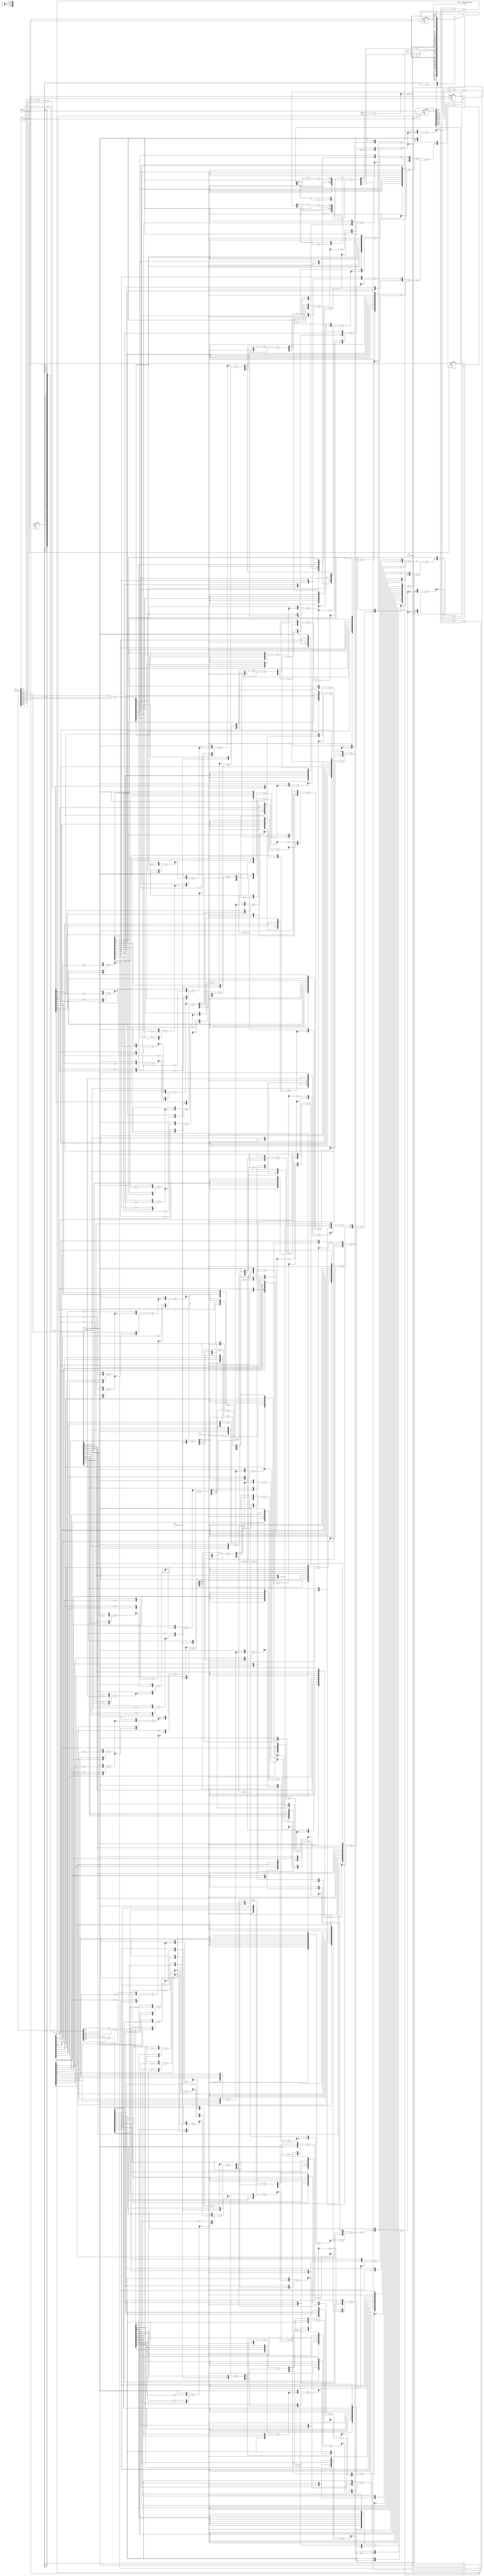
module sobel_filter_comp_core (
  vin, clk, en, arst_n, vout_rsc_mgc_out_stdreg_d
);
  input [89:0] vin;
  input clk;
  input en;
  input arst_n;
  output [29:0] vout_rsc_mgc_out_stdreg_d;
  reg [29:0] vout_rsc_mgc_out_stdreg_d;


  // Interconnect Declarations
  reg [89:0] regs_regs_1_sva;
  reg [13:0] ACC3_3_MAC2_3_acc_1_psp_1_sva_1;
  wire [14:0] nl_ACC3_3_MAC2_3_acc_1_psp_1_sva_1;
  reg [13:0] ACC3_3_MAC2_3_acc_4_psp_1_sva_1;
  wire [14:0] nl_ACC3_3_MAC2_3_acc_4_psp_1_sva_1;
  reg main_stage_0_2;
  wire [11:0] gr_0_0_1_sva_2;
  wire [12:0] nl_gr_0_0_1_sva_2;
  wire [11:0] gr_2_2_1_sva_2;
  wire [12:0] nl_gr_2_2_1_sva_2;
  wire [11:0] gr_0_2_1_sva_1;
  wire [12:0] nl_gr_0_2_1_sva_1;
  wire [11:0] gr_2_0_1_sva_1;
  wire [12:0] nl_gr_2_0_1_sva_1;
  wire [2:0] acc_imod_11_sva;
  wire [3:0] nl_acc_imod_11_sva;
  wire [3:0] acc_5_psp_1_sva;
  wire [4:0] nl_acc_5_psp_1_sva;
  wire [2:0] acc_imod_4_sva;
  wire [3:0] nl_acc_imod_4_sva;
  wire [3:0] acc_5_psp_sva;
  wire [4:0] nl_acc_5_psp_sva;
  wire [2:0] acc_imod_10_sva;
  wire [3:0] nl_acc_imod_10_sva;
  wire [3:0] acc_1_psp_2_sva;
  wire [4:0] nl_acc_1_psp_2_sva;
  wire [2:0] acc_imod_14_sva;
  wire [3:0] nl_acc_imod_14_sva;
  wire [3:0] acc_9_psp_2_sva;
  wire [4:0] nl_acc_9_psp_2_sva;
  wire [11:0] acc_4_psp_1_sva;
  wire [12:0] nl_acc_4_psp_1_sva;
  wire [11:0] acc_4_psp_sva;
  wire [12:0] nl_acc_4_psp_sva;
  wire [11:0] acc_psp_2_sva;
  wire [12:0] nl_acc_psp_2_sva;
  wire [11:0] acc_8_psp_2_sva;
  wire [12:0] nl_acc_8_psp_2_sva;
  wire val_lpi_1_dfm_2;
  wire [14:0] acc_12_psp;
  wire [15:0] nl_acc_12_psp;
  wire val_slc_val_lpi_1_dfm_seb;
  wire [89:0] regs_regs_0_sva_mx0;
  wire [11:0] acc_8_psp_1_sva;
  wire [12:0] nl_acc_8_psp_1_sva;
  wire [2:0] acc_imod_13_sva;
  wire [3:0] nl_acc_imod_13_sva;
  wire [3:0] acc_9_psp_1_sva;
  wire [4:0] nl_acc_9_psp_1_sva;
  wire [11:0] acc_psp_1_sva;
  wire [12:0] nl_acc_psp_1_sva;
  wire [2:0] acc_imod_9_sva;
  wire [3:0] nl_acc_imod_9_sva;
  wire [3:0] acc_1_psp_1_sva;
  wire [4:0] nl_acc_1_psp_1_sva;
  wire [11:0] acc_8_psp_sva;
  wire [12:0] nl_acc_8_psp_sva;
  wire [2:0] acc_imod_7_sva;
  wire [3:0] nl_acc_imod_7_sva;
  wire [3:0] acc_9_psp_sva;
  wire [4:0] nl_acc_9_psp_sva;
  wire [11:0] acc_psp_sva;
  wire [12:0] nl_acc_psp_sva;
  wire [2:0] acc_imod_1_sva;
  wire [3:0] nl_acc_imod_1_sva;
  wire [3:0] acc_1_psp_sva;
  wire [4:0] nl_acc_1_psp_sva;
  wire [6:0] if_6_acc_itm;
  wire [7:0] nl_if_6_acc_itm;

  wire[13:0] abs_mux_1_nl;
  wire[13:0] abs_1_mux_1_nl;

  // Interconnect Declarations for Component Instantiations 
  assign val_lpi_1_dfm_2 = ((acc_12_psp[0]) | (~ (if_6_acc_itm[6]))) & val_slc_val_lpi_1_dfm_seb;
  assign abs_mux_1_nl = MUX_v_14_2_2({ACC3_3_MAC2_3_acc_1_psp_1_sva_1 , ({1'b0 ,
      ((~ (ACC3_3_MAC2_3_acc_1_psp_1_sva_1[12:0])) + 13'b1)})}, ACC3_3_MAC2_3_acc_1_psp_1_sva_1[13]);
  assign abs_1_mux_1_nl = MUX_v_14_2_2({ACC3_3_MAC2_3_acc_4_psp_1_sva_1 , ({1'b0
      , ((~ (ACC3_3_MAC2_3_acc_4_psp_1_sva_1[12:0])) + 13'b1)})}, ACC3_3_MAC2_3_acc_4_psp_1_sva_1[13]);
  assign nl_acc_12_psp = conv_u2u_14_15(abs_mux_1_nl) + conv_u2u_14_15(abs_1_mux_1_nl);
  assign acc_12_psp = nl_acc_12_psp[14:0];
  assign val_slc_val_lpi_1_dfm_seb = (acc_12_psp[9]) | (~ (if_6_acc_itm[6]));
  assign regs_regs_0_sva_mx0 = vin & ({{89{main_stage_0_2}}, main_stage_0_2});
  assign nl_gr_0_2_1_sva_1 = conv_u2s_10_12({(acc_8_psp_1_sva[11]) , (conv_u2u_8_9({(acc_8_psp_1_sva[11])
      , 1'b0 , (acc_8_psp_1_sva[11]) , 1'b0 , (acc_8_psp_1_sva[11]) , 1'b0 , (signext_2_1(acc_8_psp_1_sva[7]))})
      + conv_u2u_8_9(readslicef_9_8_1((({(acc_8_psp_1_sva[9]) , 1'b0 , (acc_8_psp_1_sva[9])
      , 1'b0 , (acc_8_psp_1_sva[9]) , 1'b0 , (signext_2_1(acc_8_psp_1_sva[5])) ,
      1'b1}) + conv_u2u_8_9({(readslicef_8_7_1((conv_u2u_7_8({(acc_8_psp_1_sva[7])
      , 1'b0 , (acc_8_psp_1_sva[5]) , 1'b0 , (signext_2_1(acc_8_psp_1_sva[9])) ,
      1'b1}) + conv_u2u_6_8({(acc_8_psp_1_sva[6]) , 1'b0 , (acc_8_psp_1_sva[6]) ,
      1'b0 , (acc_8_psp_1_sva[6]) , (acc_imod_13_sva[1])})))) , (~ (readslicef_3_1_2((({1'b1
      , (acc_imod_13_sva[0]) , 1'b1}) + conv_u2s_2_3({(~ (acc_imod_13_sva[1])) ,
      (~ (acc_imod_13_sva[2]))})))))})))))}) + conv_s2s_10_12(conv_u2s_9_10({(acc_8_psp_1_sva[10])
      , 1'b0 , (acc_8_psp_1_sva[10]) , 1'b0 , (acc_8_psp_1_sva[10]) , 1'b0 , (acc_8_psp_1_sva[10])
      , 1'b0 , (acc_8_psp_1_sva[10])}) + conv_s2s_8_10(readslicef_9_8_1((conv_u2s_8_9({(acc_8_psp_1_sva[8])
      , 1'b0 , (acc_8_psp_1_sva[8]) , 1'b0 , (acc_8_psp_1_sva[8]) , 1'b0 , (acc_8_psp_1_sva[8])
      , 1'b1}) + conv_s2s_7_9({(readslicef_7_6_1((conv_s2s_5_7({(readslicef_5_4_1((conv_s2s_4_5({(readslicef_4_3_1((conv_u2s_3_4({(acc_8_psp_1_sva[3])
      , (acc_8_psp_1_sva[1]) , 1'b1}) + conv_s2s_3_4({1'b1 , (acc_8_psp_1_sva[2])
      , (acc_8_psp_1_sva[3])})))) , 1'b1}) + conv_s2s_3_5({(acc_9_psp_1_sva[3:2])
      , (acc_8_psp_1_sva[4])})))) , 1'b1}) + conv_u2s_5_7({(acc_8_psp_1_sva[7]) ,
      (acc_8_psp_1_sva[4]) , (signext_2_1(acc_8_psp_1_sva[11])) , (acc_9_psp_1_sva[1])}))))
      , (~ (acc_imod_13_sva[2]))})))));
  assign gr_0_2_1_sva_1 = nl_gr_0_2_1_sva_1[11:0];
  assign nl_gr_0_0_1_sva_2 = conv_u2s_10_12({(acc_psp_1_sva[11]) , (conv_u2u_8_9({(acc_psp_1_sva[11])
      , 1'b0 , (acc_psp_1_sva[11]) , 1'b0 , (acc_psp_1_sva[11]) , 1'b0 , (signext_2_1(acc_psp_1_sva[7]))})
      + conv_u2u_8_9(readslicef_9_8_1((({(acc_psp_1_sva[9]) , 1'b0 , (acc_psp_1_sva[9])
      , 1'b0 , (acc_psp_1_sva[9]) , 1'b0 , (signext_2_1(acc_psp_1_sva[5])) , 1'b1})
      + conv_u2u_8_9({(readslicef_8_7_1((conv_u2u_7_8({(acc_psp_1_sva[7]) , 1'b0
      , (acc_psp_1_sva[5]) , 1'b0 , (signext_2_1(acc_psp_1_sva[9])) , 1'b1}) + conv_u2u_6_8({(acc_psp_1_sva[6])
      , 1'b0 , (acc_psp_1_sva[6]) , 1'b0 , (acc_psp_1_sva[6]) , (acc_imod_9_sva[1])}))))
      , (~ (readslicef_3_1_2((({1'b1 , (acc_imod_9_sva[0]) , 1'b1}) + conv_u2s_2_3({(~
      (acc_imod_9_sva[1])) , (~ (acc_imod_9_sva[2]))})))))})))))}) + conv_s2s_10_12(conv_u2s_9_10({(acc_psp_1_sva[10])
      , 1'b0 , (acc_psp_1_sva[10]) , 1'b0 , (acc_psp_1_sva[10]) , 1'b0 , (acc_psp_1_sva[10])
      , 1'b0 , (acc_psp_1_sva[10])}) + conv_s2s_8_10(readslicef_9_8_1((conv_u2s_8_9({(acc_psp_1_sva[8])
      , 1'b0 , (acc_psp_1_sva[8]) , 1'b0 , (acc_psp_1_sva[8]) , 1'b0 , (acc_psp_1_sva[8])
      , 1'b1}) + conv_s2s_7_9({(readslicef_7_6_1((conv_s2s_5_7({(readslicef_5_4_1((conv_s2s_4_5({(readslicef_4_3_1((conv_u2s_3_4({(acc_psp_1_sva[3])
      , (acc_psp_1_sva[1]) , 1'b1}) + conv_s2s_3_4({1'b1 , (acc_psp_1_sva[2]) , (acc_psp_1_sva[3])}))))
      , 1'b1}) + conv_s2s_3_5({(acc_1_psp_1_sva[3:2]) , (acc_psp_1_sva[4])})))) ,
      1'b1}) + conv_u2s_5_7({(acc_psp_1_sva[7]) , (acc_psp_1_sva[4]) , (signext_2_1(acc_psp_1_sva[11]))
      , (acc_1_psp_1_sva[1])})))) , (~ (acc_imod_9_sva[2]))})))));
  assign gr_0_0_1_sva_2 = nl_gr_0_0_1_sva_2[11:0];
  assign nl_acc_8_psp_1_sva = conv_u2u_11_12(conv_u2u_10_11(vin[19:10]) + conv_u2u_10_11(vin[9:0]))
      + conv_u2u_10_12(vin[29:20]);
  assign acc_8_psp_1_sva = nl_acc_8_psp_1_sva[11:0];
  assign nl_acc_imod_13_sva = conv_s2s_2_3(conv_s2s_1_2(acc_9_psp_1_sva[1]) + conv_u2s_1_2(acc_9_psp_1_sva[0]))
      + conv_s2s_2_3(acc_9_psp_1_sva[3:2]);
  assign acc_imod_13_sva = nl_acc_imod_13_sva[2:0];
  assign nl_acc_9_psp_1_sva = (readslicef_5_4_1((conv_u2u_4_5({(readslicef_4_3_1((conv_u2u_3_4({(readslicef_3_2_1((conv_u2u_2_3({(~
      (acc_8_psp_1_sva[3])) , 1'b1}) + conv_u2u_2_3({(acc_8_psp_1_sva[4]) , (acc_8_psp_1_sva[8])}))))
      , 1'b1}) + conv_u2u_3_4({(readslicef_3_2_1((conv_u2u_2_3({(~ (acc_8_psp_1_sva[5]))
      , 1'b1}) + conv_u2u_2_3({(acc_8_psp_1_sva[6]) , (~ (acc_8_psp_1_sva[7]))}))))
      , (acc_8_psp_1_sva[10])})))) , 1'b1}) + conv_u2u_3_5({(readslicef_3_2_1((conv_u2u_2_3({(~
      (acc_8_psp_1_sva[1])) , 1'b1}) + conv_u2u_2_3({(acc_8_psp_1_sva[2]) , (~ (acc_8_psp_1_sva[9]))}))))
      , (~ (acc_8_psp_1_sva[11]))})))) + ({3'b101 , (acc_8_psp_1_sva[0])});
  assign acc_9_psp_1_sva = nl_acc_9_psp_1_sva[3:0];
  assign nl_acc_4_psp_1_sva = conv_u2u_11_12(conv_u2u_10_11(vin[49:40]) + conv_u2u_10_11(vin[39:30]))
      + conv_u2u_10_12(vin[59:50]);
  assign acc_4_psp_1_sva = nl_acc_4_psp_1_sva[11:0];
  assign nl_acc_imod_11_sva = conv_s2s_2_3(conv_s2s_1_2(acc_5_psp_1_sva[1]) + conv_u2s_1_2(acc_5_psp_1_sva[0]))
      + conv_s2s_2_3(acc_5_psp_1_sva[3:2]);
  assign acc_imod_11_sva = nl_acc_imod_11_sva[2:0];
  assign nl_acc_5_psp_1_sva = (readslicef_5_4_1((conv_u2u_4_5({(readslicef_4_3_1((conv_u2u_3_4({(readslicef_3_2_1((conv_u2u_2_3({(~
      (acc_4_psp_1_sva[3])) , 1'b1}) + conv_u2u_2_3({(acc_4_psp_1_sva[4]) , (acc_4_psp_1_sva[8])}))))
      , 1'b1}) + conv_u2u_3_4({(readslicef_3_2_1((conv_u2u_2_3({(~ (acc_4_psp_1_sva[5]))
      , 1'b1}) + conv_u2u_2_3({(acc_4_psp_1_sva[6]) , (~ (acc_4_psp_1_sva[7]))}))))
      , (acc_4_psp_1_sva[10])})))) , 1'b1}) + conv_u2u_3_5({(readslicef_3_2_1((conv_u2u_2_3({(~
      (acc_4_psp_1_sva[1])) , 1'b1}) + conv_u2u_2_3({(acc_4_psp_1_sva[2]) , (~ (acc_4_psp_1_sva[9]))}))))
      , (~ (acc_4_psp_1_sva[11]))})))) + ({3'b101 , (acc_4_psp_1_sva[0])});
  assign acc_5_psp_1_sva = nl_acc_5_psp_1_sva[3:0];
  assign nl_acc_psp_1_sva = conv_u2u_11_12(conv_u2u_10_11(vin[79:70]) + conv_u2u_10_11(vin[69:60]))
      + conv_u2u_10_12(vin[89:80]);
  assign acc_psp_1_sva = nl_acc_psp_1_sva[11:0];
  assign nl_acc_imod_9_sva = conv_s2s_2_3(conv_s2s_1_2(acc_1_psp_1_sva[1]) + conv_u2s_1_2(acc_1_psp_1_sva[0]))
      + conv_s2s_2_3(acc_1_psp_1_sva[3:2]);
  assign acc_imod_9_sva = nl_acc_imod_9_sva[2:0];
  assign nl_acc_1_psp_1_sva = (readslicef_5_4_1((conv_u2u_4_5({(readslicef_4_3_1((conv_u2u_3_4({(readslicef_3_2_1((conv_u2u_2_3({(~
      (acc_psp_1_sva[3])) , 1'b1}) + conv_u2u_2_3({(acc_psp_1_sva[4]) , (acc_psp_1_sva[8])}))))
      , 1'b1}) + conv_u2u_3_4({(readslicef_3_2_1((conv_u2u_2_3({(~ (acc_psp_1_sva[5]))
      , 1'b1}) + conv_u2u_2_3({(acc_psp_1_sva[6]) , (~ (acc_psp_1_sva[7]))})))) ,
      (acc_psp_1_sva[10])})))) , 1'b1}) + conv_u2u_3_5({(readslicef_3_2_1((conv_u2u_2_3({(~
      (acc_psp_1_sva[1])) , 1'b1}) + conv_u2u_2_3({(acc_psp_1_sva[2]) , (~ (acc_psp_1_sva[9]))}))))
      , (~ (acc_psp_1_sva[11]))})))) + ({3'b101 , (acc_psp_1_sva[0])});
  assign acc_1_psp_1_sva = nl_acc_1_psp_1_sva[3:0];
  assign nl_acc_8_psp_2_sva = conv_u2u_11_12(conv_u2u_10_11(regs_regs_0_sva_mx0[19:10])
      + conv_u2u_10_11(regs_regs_0_sva_mx0[9:0])) + conv_u2u_10_12(regs_regs_0_sva_mx0[29:20]);
  assign acc_8_psp_2_sva = nl_acc_8_psp_2_sva[11:0];
  assign nl_acc_imod_14_sva = conv_s2s_2_3(conv_s2s_1_2(acc_9_psp_2_sva[1]) + conv_u2s_1_2(acc_9_psp_2_sva[0]))
      + conv_s2s_2_3(acc_9_psp_2_sva[3:2]);
  assign acc_imod_14_sva = nl_acc_imod_14_sva[2:0];
  assign nl_acc_9_psp_2_sva = (readslicef_5_4_1((conv_u2u_4_5({(readslicef_4_3_1((conv_u2u_3_4({(readslicef_3_2_1((conv_u2u_2_3({(~
      (acc_8_psp_2_sva[3])) , 1'b1}) + conv_u2u_2_3({(acc_8_psp_2_sva[4]) , (acc_8_psp_2_sva[8])}))))
      , 1'b1}) + conv_u2u_3_4({(readslicef_3_2_1((conv_u2u_2_3({(~ (acc_8_psp_2_sva[5]))
      , 1'b1}) + conv_u2u_2_3({(acc_8_psp_2_sva[6]) , (~ (acc_8_psp_2_sva[7]))}))))
      , (acc_8_psp_2_sva[10])})))) , 1'b1}) + conv_u2u_3_5({(readslicef_3_2_1((conv_u2u_2_3({(~
      (acc_8_psp_2_sva[1])) , 1'b1}) + conv_u2u_2_3({(acc_8_psp_2_sva[2]) , (~ (acc_8_psp_2_sva[9]))}))))
      , (~ (acc_8_psp_2_sva[11]))})))) + ({3'b101 , (acc_8_psp_2_sva[0])});
  assign acc_9_psp_2_sva = nl_acc_9_psp_2_sva[3:0];
  assign nl_acc_psp_2_sva = conv_u2u_11_12(conv_u2u_10_11(regs_regs_0_sva_mx0[79:70])
      + conv_u2u_10_11(regs_regs_0_sva_mx0[69:60])) + conv_u2u_10_12(regs_regs_0_sva_mx0[89:80]);
  assign acc_psp_2_sva = nl_acc_psp_2_sva[11:0];
  assign nl_acc_imod_10_sva = conv_s2s_2_3(conv_s2s_1_2(acc_1_psp_2_sva[1]) + conv_u2s_1_2(acc_1_psp_2_sva[0]))
      + conv_s2s_2_3(acc_1_psp_2_sva[3:2]);
  assign acc_imod_10_sva = nl_acc_imod_10_sva[2:0];
  assign nl_acc_1_psp_2_sva = (readslicef_5_4_1((conv_u2u_4_5({(readslicef_4_3_1((conv_u2u_3_4({(readslicef_3_2_1((conv_u2u_2_3({(~
      (acc_psp_2_sva[3])) , 1'b1}) + conv_u2u_2_3({(acc_psp_2_sva[4]) , (acc_psp_2_sva[8])}))))
      , 1'b1}) + conv_u2u_3_4({(readslicef_3_2_1((conv_u2u_2_3({(~ (acc_psp_2_sva[5]))
      , 1'b1}) + conv_u2u_2_3({(acc_psp_2_sva[6]) , (~ (acc_psp_2_sva[7]))})))) ,
      (acc_psp_2_sva[10])})))) , 1'b1}) + conv_u2u_3_5({(readslicef_3_2_1((conv_u2u_2_3({(~
      (acc_psp_2_sva[1])) , 1'b1}) + conv_u2u_2_3({(acc_psp_2_sva[2]) , (~ (acc_psp_2_sva[9]))}))))
      , (~ (acc_psp_2_sva[11]))})))) + ({3'b101 , (acc_psp_2_sva[0])});
  assign acc_1_psp_2_sva = nl_acc_1_psp_2_sva[3:0];
  assign nl_gr_2_2_1_sva_2 = conv_u2s_10_12({(acc_8_psp_sva[11]) , (conv_u2u_8_9({(acc_8_psp_sva[11])
      , 1'b0 , (acc_8_psp_sva[11]) , 1'b0 , (acc_8_psp_sva[11]) , 1'b0 , (signext_2_1(acc_8_psp_sva[7]))})
      + conv_u2u_8_9(readslicef_9_8_1((({(acc_8_psp_sva[9]) , 1'b0 , (acc_8_psp_sva[9])
      , 1'b0 , (acc_8_psp_sva[9]) , 1'b0 , (signext_2_1(acc_8_psp_sva[5])) , 1'b1})
      + conv_u2u_8_9({(readslicef_8_7_1((conv_u2u_7_8({(acc_8_psp_sva[7]) , 1'b0
      , (acc_8_psp_sva[5]) , 1'b0 , (signext_2_1(acc_8_psp_sva[9])) , 1'b1}) + conv_u2u_6_8({(acc_8_psp_sva[6])
      , 1'b0 , (acc_8_psp_sva[6]) , 1'b0 , (acc_8_psp_sva[6]) , (acc_imod_7_sva[1])}))))
      , (~ (readslicef_3_1_2((({1'b1 , (acc_imod_7_sva[0]) , 1'b1}) + conv_u2s_2_3({(~
      (acc_imod_7_sva[1])) , (~ (acc_imod_7_sva[2]))})))))})))))}) + conv_s2s_10_12(conv_u2s_9_10({(acc_8_psp_sva[10])
      , 1'b0 , (acc_8_psp_sva[10]) , 1'b0 , (acc_8_psp_sva[10]) , 1'b0 , (acc_8_psp_sva[10])
      , 1'b0 , (acc_8_psp_sva[10])}) + conv_s2s_8_10(readslicef_9_8_1((conv_u2s_8_9({(acc_8_psp_sva[8])
      , 1'b0 , (acc_8_psp_sva[8]) , 1'b0 , (acc_8_psp_sva[8]) , 1'b0 , (acc_8_psp_sva[8])
      , 1'b1}) + conv_s2s_7_9({(readslicef_7_6_1((conv_s2s_5_7({(readslicef_5_4_1((conv_s2s_4_5({(readslicef_4_3_1((conv_u2s_3_4({(acc_8_psp_sva[3])
      , (acc_8_psp_sva[1]) , 1'b1}) + conv_s2s_3_4({1'b1 , (acc_8_psp_sva[2]) , (acc_8_psp_sva[3])}))))
      , 1'b1}) + conv_s2s_3_5({(acc_9_psp_sva[3:2]) , (acc_8_psp_sva[4])})))) , 1'b1})
      + conv_u2s_5_7({(acc_8_psp_sva[7]) , (acc_8_psp_sva[4]) , (signext_2_1(acc_8_psp_sva[11]))
      , (acc_9_psp_sva[1])})))) , (~ (acc_imod_7_sva[2]))})))));
  assign gr_2_2_1_sva_2 = nl_gr_2_2_1_sva_2[11:0];
  assign nl_gr_2_0_1_sva_1 = conv_u2s_10_12({(acc_psp_sva[11]) , (conv_u2u_8_9({(acc_psp_sva[11])
      , 1'b0 , (acc_psp_sva[11]) , 1'b0 , (acc_psp_sva[11]) , 1'b0 , (signext_2_1(acc_psp_sva[7]))})
      + conv_u2u_8_9(readslicef_9_8_1((({(acc_psp_sva[9]) , 1'b0 , (acc_psp_sva[9])
      , 1'b0 , (acc_psp_sva[9]) , 1'b0 , (signext_2_1(acc_psp_sva[5])) , 1'b1}) +
      conv_u2u_8_9({(readslicef_8_7_1((conv_u2u_7_8({(acc_psp_sva[7]) , 1'b0 , (acc_psp_sva[5])
      , 1'b0 , (signext_2_1(acc_psp_sva[9])) , 1'b1}) + conv_u2u_6_8({(acc_psp_sva[6])
      , 1'b0 , (acc_psp_sva[6]) , 1'b0 , (acc_psp_sva[6]) , (acc_imod_1_sva[1])}))))
      , (~ (readslicef_3_1_2((({1'b1 , (acc_imod_1_sva[0]) , 1'b1}) + conv_u2s_2_3({(~
      (acc_imod_1_sva[1])) , (~ (acc_imod_1_sva[2]))})))))})))))}) + conv_s2s_10_12(conv_u2s_9_10({(acc_psp_sva[10])
      , 1'b0 , (acc_psp_sva[10]) , 1'b0 , (acc_psp_sva[10]) , 1'b0 , (acc_psp_sva[10])
      , 1'b0 , (acc_psp_sva[10])}) + conv_s2s_8_10(readslicef_9_8_1((conv_u2s_8_9({(acc_psp_sva[8])
      , 1'b0 , (acc_psp_sva[8]) , 1'b0 , (acc_psp_sva[8]) , 1'b0 , (acc_psp_sva[8])
      , 1'b1}) + conv_s2s_7_9({(readslicef_7_6_1((conv_s2s_5_7({(readslicef_5_4_1((conv_s2s_4_5({(readslicef_4_3_1((conv_u2s_3_4({(acc_psp_sva[3])
      , (acc_psp_sva[1]) , 1'b1}) + conv_s2s_3_4({1'b1 , (acc_psp_sva[2]) , (acc_psp_sva[3])}))))
      , 1'b1}) + conv_s2s_3_5({(acc_1_psp_sva[3:2]) , (acc_psp_sva[4])})))) , 1'b1})
      + conv_u2s_5_7({(acc_psp_sva[7]) , (acc_psp_sva[4]) , (signext_2_1(acc_psp_sva[11]))
      , (acc_1_psp_sva[1])})))) , (~ (acc_imod_1_sva[2]))})))));
  assign gr_2_0_1_sva_1 = nl_gr_2_0_1_sva_1[11:0];
  assign nl_acc_8_psp_sva = conv_u2u_11_12(conv_u2u_10_11(regs_regs_1_sva[19:10])
      + conv_u2u_10_11(regs_regs_1_sva[9:0])) + conv_u2u_10_12(regs_regs_1_sva[29:20]);
  assign acc_8_psp_sva = nl_acc_8_psp_sva[11:0];
  assign nl_acc_imod_7_sva = conv_s2s_2_3(conv_s2s_1_2(acc_9_psp_sva[1]) + conv_u2s_1_2(acc_9_psp_sva[0]))
      + conv_s2s_2_3(acc_9_psp_sva[3:2]);
  assign acc_imod_7_sva = nl_acc_imod_7_sva[2:0];
  assign nl_acc_9_psp_sva = (readslicef_5_4_1((conv_u2u_4_5({(readslicef_4_3_1((conv_u2u_3_4({(readslicef_3_2_1((conv_u2u_2_3({(~
      (acc_8_psp_sva[3])) , 1'b1}) + conv_u2u_2_3({(acc_8_psp_sva[4]) , (acc_8_psp_sva[8])}))))
      , 1'b1}) + conv_u2u_3_4({(readslicef_3_2_1((conv_u2u_2_3({(~ (acc_8_psp_sva[5]))
      , 1'b1}) + conv_u2u_2_3({(acc_8_psp_sva[6]) , (~ (acc_8_psp_sva[7]))})))) ,
      (acc_8_psp_sva[10])})))) , 1'b1}) + conv_u2u_3_5({(readslicef_3_2_1((conv_u2u_2_3({(~
      (acc_8_psp_sva[1])) , 1'b1}) + conv_u2u_2_3({(acc_8_psp_sva[2]) , (~ (acc_8_psp_sva[9]))}))))
      , (~ (acc_8_psp_sva[11]))})))) + ({3'b101 , (acc_8_psp_sva[0])});
  assign acc_9_psp_sva = nl_acc_9_psp_sva[3:0];
  assign nl_acc_4_psp_sva = conv_u2u_11_12(conv_u2u_10_11(regs_regs_1_sva[49:40])
      + conv_u2u_10_11(regs_regs_1_sva[39:30])) + conv_u2u_10_12(regs_regs_1_sva[59:50]);
  assign acc_4_psp_sva = nl_acc_4_psp_sva[11:0];
  assign nl_acc_imod_4_sva = conv_s2s_2_3(conv_s2s_1_2(acc_5_psp_sva[1]) + conv_u2s_1_2(acc_5_psp_sva[0]))
      + conv_s2s_2_3(acc_5_psp_sva[3:2]);
  assign acc_imod_4_sva = nl_acc_imod_4_sva[2:0];
  assign nl_acc_5_psp_sva = (readslicef_5_4_1((conv_u2u_4_5({(readslicef_4_3_1((conv_u2u_3_4({(readslicef_3_2_1((conv_u2u_2_3({(~
      (acc_4_psp_sva[3])) , 1'b1}) + conv_u2u_2_3({(acc_4_psp_sva[4]) , (acc_4_psp_sva[8])}))))
      , 1'b1}) + conv_u2u_3_4({(readslicef_3_2_1((conv_u2u_2_3({(~ (acc_4_psp_sva[5]))
      , 1'b1}) + conv_u2u_2_3({(acc_4_psp_sva[6]) , (~ (acc_4_psp_sva[7]))})))) ,
      (acc_4_psp_sva[10])})))) , 1'b1}) + conv_u2u_3_5({(readslicef_3_2_1((conv_u2u_2_3({(~
      (acc_4_psp_sva[1])) , 1'b1}) + conv_u2u_2_3({(acc_4_psp_sva[2]) , (~ (acc_4_psp_sva[9]))}))))
      , (~ (acc_4_psp_sva[11]))})))) + ({3'b101 , (acc_4_psp_sva[0])});
  assign acc_5_psp_sva = nl_acc_5_psp_sva[3:0];
  assign nl_acc_psp_sva = conv_u2u_11_12(conv_u2u_10_11(regs_regs_1_sva[79:70]) +
      conv_u2u_10_11(regs_regs_1_sva[69:60])) + conv_u2u_10_12(regs_regs_1_sva[89:80]);
  assign acc_psp_sva = nl_acc_psp_sva[11:0];
  assign nl_acc_imod_1_sva = conv_s2s_2_3(conv_s2s_1_2(acc_1_psp_sva[1]) + conv_u2s_1_2(acc_1_psp_sva[0]))
      + conv_s2s_2_3(acc_1_psp_sva[3:2]);
  assign acc_imod_1_sva = nl_acc_imod_1_sva[2:0];
  assign nl_acc_1_psp_sva = (readslicef_5_4_1((conv_u2u_4_5({(readslicef_4_3_1((conv_u2u_3_4({(readslicef_3_2_1((conv_u2u_2_3({(~
      (acc_psp_sva[3])) , 1'b1}) + conv_u2u_2_3({(acc_psp_sva[4]) , (acc_psp_sva[8])}))))
      , 1'b1}) + conv_u2u_3_4({(readslicef_3_2_1((conv_u2u_2_3({(~ (acc_psp_sva[5]))
      , 1'b1}) + conv_u2u_2_3({(acc_psp_sva[6]) , (~ (acc_psp_sva[7]))})))) , (acc_psp_sva[10])}))))
      , 1'b1}) + conv_u2u_3_5({(readslicef_3_2_1((conv_u2u_2_3({(~ (acc_psp_sva[1]))
      , 1'b1}) + conv_u2u_2_3({(acc_psp_sva[2]) , (~ (acc_psp_sva[9]))})))) , (~
      (acc_psp_sva[11]))})))) + ({3'b101 , (acc_psp_sva[0])});
  assign acc_1_psp_sva = nl_acc_1_psp_sva[3:0];
  assign nl_if_6_acc_itm = conv_u2s_6_7(acc_12_psp[14:9]) + 7'b1111111;
  assign if_6_acc_itm = nl_if_6_acc_itm[6:0];
  always @(posedge clk or negedge arst_n) begin
    if ( ~ arst_n ) begin
      vout_rsc_mgc_out_stdreg_d <= 30'b0;
      ACC3_3_MAC2_3_acc_1_psp_1_sva_1 <= 14'b0;
      ACC3_3_MAC2_3_acc_4_psp_1_sva_1 <= 14'b0;
      main_stage_0_2 <= 1'b0;
      regs_regs_1_sva <= 90'b0;
    end
    else begin
      if ( en ) begin
        vout_rsc_mgc_out_stdreg_d <= MUX_v_30_2_2({vout_rsc_mgc_out_stdreg_d , ({({{9{val_lpi_1_dfm_2}},
            val_lpi_1_dfm_2}) , (signext_4_1(((acc_12_psp[6]) | (~ (if_6_acc_itm[6])))
            & val_slc_val_lpi_1_dfm_seb)) , ({{5{val_lpi_1_dfm_2}}, val_lpi_1_dfm_2})
            , ({{9{val_lpi_1_dfm_2}}, val_lpi_1_dfm_2})})}, main_stage_0_2);
        ACC3_3_MAC2_3_acc_1_psp_1_sva_1 <= nl_ACC3_3_MAC2_3_acc_1_psp_1_sva_1[13:0];
        ACC3_3_MAC2_3_acc_4_psp_1_sva_1 <= nl_ACC3_3_MAC2_3_acc_4_psp_1_sva_1[13:0];
        main_stage_0_2 <= 1'b1;
        regs_regs_1_sva <= regs_regs_0_sva_mx0;
      end
    end
  end
  assign nl_ACC3_3_MAC2_3_acc_1_psp_1_sva_1  = conv_s2s_13_14({((~ (conv_u2s_10_12({(acc_psp_2_sva[11])
      , (conv_u2u_8_9({(acc_psp_2_sva[11]) , 1'b0 , (acc_psp_2_sva[11]) , 1'b0 ,
      (acc_psp_2_sva[11]) , 1'b0 , (signext_2_1(acc_psp_2_sva[7]))}) + conv_u2u_8_9(readslicef_9_8_1((({(acc_psp_2_sva[9])
      , 1'b0 , (acc_psp_2_sva[9]) , 1'b0 , (acc_psp_2_sva[9]) , 1'b0 , (signext_2_1(acc_psp_2_sva[5]))
      , 1'b1}) + conv_u2u_8_9({(readslicef_8_7_1((conv_u2u_7_8({(acc_psp_2_sva[7])
      , 1'b0 , (acc_psp_2_sva[5]) , 1'b0 , (signext_2_1(acc_psp_2_sva[9])) , 1'b1})
      + conv_u2u_6_8({(acc_psp_2_sva[6]) , 1'b0 , (acc_psp_2_sva[6]) , 1'b0 , (acc_psp_2_sva[6])
      , (acc_imod_10_sva[1])})))) , (~ (readslicef_3_1_2((({1'b1 , (acc_imod_10_sva[0])
      , 1'b1}) + conv_u2s_2_3({(~ (acc_imod_10_sva[1])) , (~ (acc_imod_10_sva[2]))})))))})))))})
      + conv_s2s_10_12(conv_u2s_9_10({(acc_psp_2_sva[10]) , 1'b0 , (acc_psp_2_sva[10])
      , 1'b0 , (acc_psp_2_sva[10]) , 1'b0 , (acc_psp_2_sva[10]) , 1'b0 , (acc_psp_2_sva[10])})
      + conv_s2s_8_10(readslicef_9_8_1((conv_u2s_8_9({(acc_psp_2_sva[8]) , 1'b0 ,
      (acc_psp_2_sva[8]) , 1'b0 , (acc_psp_2_sva[8]) , 1'b0 , (acc_psp_2_sva[8])
      , 1'b1}) + conv_s2s_7_9({(readslicef_7_6_1((conv_s2s_5_7({(readslicef_5_4_1((conv_s2s_4_5({(readslicef_4_3_1((conv_u2s_3_4({(acc_psp_2_sva[3])
      , (acc_psp_2_sva[1]) , 1'b1}) + conv_s2s_3_4({1'b1 , (acc_psp_2_sva[2]) , (acc_psp_2_sva[3])}))))
      , 1'b1}) + conv_s2s_3_5({(acc_1_psp_2_sva[3:2]) , (acc_psp_2_sva[4])})))) ,
      1'b1}) + conv_u2s_5_7({(acc_psp_2_sva[7]) , (acc_psp_2_sva[4]) , (signext_2_1(acc_psp_2_sva[11]))
      , (acc_1_psp_2_sva[1])})))) , (~ (acc_imod_10_sva[2]))}))))))) + (conv_u2s_10_12({(acc_8_psp_2_sva[11])
      , (conv_u2u_8_9({(acc_8_psp_2_sva[11]) , 1'b0 , (acc_8_psp_2_sva[11]) , 1'b0
      , (acc_8_psp_2_sva[11]) , 1'b0 , (signext_2_1(acc_8_psp_2_sva[7]))}) + conv_u2u_8_9(readslicef_9_8_1((({(acc_8_psp_2_sva[9])
      , 1'b0 , (acc_8_psp_2_sva[9]) , 1'b0 , (acc_8_psp_2_sva[9]) , 1'b0 , (signext_2_1(acc_8_psp_2_sva[5]))
      , 1'b1}) + conv_u2u_8_9({(readslicef_8_7_1((conv_u2u_7_8({(acc_8_psp_2_sva[7])
      , 1'b0 , (acc_8_psp_2_sva[5]) , 1'b0 , (signext_2_1(acc_8_psp_2_sva[9])) ,
      1'b1}) + conv_u2u_6_8({(acc_8_psp_2_sva[6]) , 1'b0 , (acc_8_psp_2_sva[6]) ,
      1'b0 , (acc_8_psp_2_sva[6]) , (acc_imod_14_sva[1])})))) , (~ (readslicef_3_1_2((({1'b1
      , (acc_imod_14_sva[0]) , 1'b1}) + conv_u2s_2_3({(~ (acc_imod_14_sva[1])) ,
      (~ (acc_imod_14_sva[2]))})))))})))))}) + conv_s2s_10_12(conv_u2s_9_10({(acc_8_psp_2_sva[10])
      , 1'b0 , (acc_8_psp_2_sva[10]) , 1'b0 , (acc_8_psp_2_sva[10]) , 1'b0 , (acc_8_psp_2_sva[10])
      , 1'b0 , (acc_8_psp_2_sva[10])}) + conv_s2s_8_10(readslicef_9_8_1((conv_u2s_8_9({(acc_8_psp_2_sva[8])
      , 1'b0 , (acc_8_psp_2_sva[8]) , 1'b0 , (acc_8_psp_2_sva[8]) , 1'b0 , (acc_8_psp_2_sva[8])
      , 1'b1}) + conv_s2s_7_9({(readslicef_7_6_1((conv_s2s_5_7({(readslicef_5_4_1((conv_s2s_4_5({(readslicef_4_3_1((conv_u2s_3_4({(acc_8_psp_2_sva[3])
      , (acc_8_psp_2_sva[1]) , 1'b1}) + conv_s2s_3_4({1'b1 , (acc_8_psp_2_sva[2])
      , (acc_8_psp_2_sva[3])})))) , 1'b1}) + conv_s2s_3_5({(acc_9_psp_2_sva[3:2])
      , (acc_8_psp_2_sva[4])})))) , 1'b1}) + conv_u2s_5_7({(acc_8_psp_2_sva[7]) ,
      (acc_8_psp_2_sva[4]) , (signext_2_1(acc_8_psp_2_sva[11])) , (acc_9_psp_2_sva[1])}))))
      , (~ (acc_imod_14_sva[2]))}))))))) , 1'b1}) + conv_s2s_13_14(readslicef_14_13_1((conv_s2s_13_14({(readslicef_13_12_1((({(~
      gr_0_0_1_sva_2) , 1'b1}) + ({gr_0_2_1_sva_1 , 1'b1})))) , 1'b1}) + conv_s2s_13_14({(readslicef_13_12_1((({(~
      gr_2_0_1_sva_1) , 1'b1}) + ({gr_2_2_1_sva_2 , 1'b1})))) , 1'b1}))));
  assign nl_ACC3_3_MAC2_3_acc_4_psp_1_sva_1  = conv_s2s_13_14(readslicef_14_13_1((({(readslicef_14_13_1((conv_s2s_13_14({gr_0_0_1_sva_2
      , 1'b1}) + conv_s2s_13_14({gr_0_2_1_sva_1 , 1'b1})))) , 1'b1}) + ({(readslicef_14_13_1((conv_s2s_13_14({(~
      gr_2_0_1_sva_1) , 1'b1}) + conv_s2s_13_14({(~ gr_2_2_1_sva_2) , 1'b1})))) ,
      1'b1})))) + conv_s2s_13_14({((conv_u2s_10_12({(acc_4_psp_1_sva[11]) , (conv_u2u_8_9({(acc_4_psp_1_sva[11])
      , 1'b0 , (acc_4_psp_1_sva[11]) , 1'b0 , (acc_4_psp_1_sva[11]) , 1'b0 , (signext_2_1(acc_4_psp_1_sva[7]))})
      + conv_u2u_8_9(readslicef_9_8_1((({(acc_4_psp_1_sva[9]) , 1'b0 , (acc_4_psp_1_sva[9])
      , 1'b0 , (acc_4_psp_1_sva[9]) , 1'b0 , (signext_2_1(acc_4_psp_1_sva[5])) ,
      1'b1}) + conv_u2u_8_9({(readslicef_8_7_1((conv_u2u_7_8({(acc_4_psp_1_sva[7])
      , 1'b0 , (acc_4_psp_1_sva[5]) , 1'b0 , (signext_2_1(acc_4_psp_1_sva[9])) ,
      1'b1}) + conv_u2u_6_8({(acc_4_psp_1_sva[6]) , 1'b0 , (acc_4_psp_1_sva[6]) ,
      1'b0 , (acc_4_psp_1_sva[6]) , (acc_imod_11_sva[1])})))) , (~ (readslicef_3_1_2((({1'b1
      , (acc_imod_11_sva[0]) , 1'b1}) + conv_u2s_2_3({(~ (acc_imod_11_sva[1])) ,
      (~ (acc_imod_11_sva[2]))})))))})))))}) + conv_s2s_10_12(conv_u2s_9_10({(acc_4_psp_1_sva[10])
      , 1'b0 , (acc_4_psp_1_sva[10]) , 1'b0 , (acc_4_psp_1_sva[10]) , 1'b0 , (acc_4_psp_1_sva[10])
      , 1'b0 , (acc_4_psp_1_sva[10])}) + conv_s2s_8_10(readslicef_9_8_1((conv_u2s_8_9({(acc_4_psp_1_sva[8])
      , 1'b0 , (acc_4_psp_1_sva[8]) , 1'b0 , (acc_4_psp_1_sva[8]) , 1'b0 , (acc_4_psp_1_sva[8])
      , 1'b1}) + conv_s2s_7_9({(readslicef_7_6_1((conv_s2s_5_7({(readslicef_5_4_1((conv_s2s_4_5({(readslicef_4_3_1((conv_u2s_3_4({(acc_4_psp_1_sva[3])
      , (acc_4_psp_1_sva[1]) , 1'b1}) + conv_s2s_3_4({1'b1 , (acc_4_psp_1_sva[2])
      , (acc_4_psp_1_sva[3])})))) , 1'b1}) + conv_s2s_3_5({(acc_5_psp_1_sva[3:2])
      , (acc_4_psp_1_sva[4])})))) , 1'b1}) + conv_u2s_5_7({(acc_4_psp_1_sva[7]) ,
      (acc_4_psp_1_sva[4]) , (signext_2_1(acc_4_psp_1_sva[11])) , (acc_5_psp_1_sva[1])}))))
      , (~ (acc_imod_11_sva[2]))})))))) + (~ (conv_u2s_10_12({(acc_4_psp_sva[11])
      , (conv_u2u_8_9({(acc_4_psp_sva[11]) , 1'b0 , (acc_4_psp_sva[11]) , 1'b0 ,
      (acc_4_psp_sva[11]) , 1'b0 , (signext_2_1(acc_4_psp_sva[7]))}) + conv_u2u_8_9(readslicef_9_8_1((({(acc_4_psp_sva[9])
      , 1'b0 , (acc_4_psp_sva[9]) , 1'b0 , (acc_4_psp_sva[9]) , 1'b0 , (signext_2_1(acc_4_psp_sva[5]))
      , 1'b1}) + conv_u2u_8_9({(readslicef_8_7_1((conv_u2u_7_8({(acc_4_psp_sva[7])
      , 1'b0 , (acc_4_psp_sva[5]) , 1'b0 , (signext_2_1(acc_4_psp_sva[9])) , 1'b1})
      + conv_u2u_6_8({(acc_4_psp_sva[6]) , 1'b0 , (acc_4_psp_sva[6]) , 1'b0 , (acc_4_psp_sva[6])
      , (acc_imod_4_sva[1])})))) , (~ (readslicef_3_1_2((({1'b1 , (acc_imod_4_sva[0])
      , 1'b1}) + conv_u2s_2_3({(~ (acc_imod_4_sva[1])) , (~ (acc_imod_4_sva[2]))})))))})))))})
      + conv_s2s_10_12(conv_u2s_9_10({(acc_4_psp_sva[10]) , 1'b0 , (acc_4_psp_sva[10])
      , 1'b0 , (acc_4_psp_sva[10]) , 1'b0 , (acc_4_psp_sva[10]) , 1'b0 , (acc_4_psp_sva[10])})
      + conv_s2s_8_10(readslicef_9_8_1((conv_u2s_8_9({(acc_4_psp_sva[8]) , 1'b0 ,
      (acc_4_psp_sva[8]) , 1'b0 , (acc_4_psp_sva[8]) , 1'b0 , (acc_4_psp_sva[8])
      , 1'b1}) + conv_s2s_7_9({(readslicef_7_6_1((conv_s2s_5_7({(readslicef_5_4_1((conv_s2s_4_5({(readslicef_4_3_1((conv_u2s_3_4({(acc_4_psp_sva[3])
      , (acc_4_psp_sva[1]) , 1'b1}) + conv_s2s_3_4({1'b1 , (acc_4_psp_sva[2]) , (acc_4_psp_sva[3])}))))
      , 1'b1}) + conv_s2s_3_5({(acc_5_psp_sva[3:2]) , (acc_4_psp_sva[4])})))) , 1'b1})
      + conv_u2s_5_7({(acc_4_psp_sva[7]) , (acc_4_psp_sva[4]) , (signext_2_1(acc_4_psp_sva[11]))
      , (acc_5_psp_sva[1])})))) , (~ (acc_imod_4_sva[2]))})))))))) , 1'b1});

  function [13:0] MUX_v_14_2_2;
    input [27:0] inputs;
    input [0:0] sel;
    reg [13:0] result;
  begin
    case (sel)
      1'b0 : begin
        result = inputs[27:14];
      end
      1'b1 : begin
        result = inputs[13:0];
      end
      default : begin
        result = inputs[27:14];
      end
    endcase
    MUX_v_14_2_2 = result;
  end
  endfunction


  function [1:0] signext_2_1;
    input [0:0] vector;
  begin
    signext_2_1= {{1{vector[0]}}, vector};
  end
  endfunction


  function [7:0] readslicef_9_8_1;
    input [8:0] vector;
    reg [8:0] tmp;
  begin
    tmp = vector >> 1;
    readslicef_9_8_1 = tmp[7:0];
  end
  endfunction


  function [6:0] readslicef_8_7_1;
    input [7:0] vector;
    reg [7:0] tmp;
  begin
    tmp = vector >> 1;
    readslicef_8_7_1 = tmp[6:0];
  end
  endfunction


  function [0:0] readslicef_3_1_2;
    input [2:0] vector;
    reg [2:0] tmp;
  begin
    tmp = vector >> 2;
    readslicef_3_1_2 = tmp[0:0];
  end
  endfunction


  function [5:0] readslicef_7_6_1;
    input [6:0] vector;
    reg [6:0] tmp;
  begin
    tmp = vector >> 1;
    readslicef_7_6_1 = tmp[5:0];
  end
  endfunction


  function [3:0] readslicef_5_4_1;
    input [4:0] vector;
    reg [4:0] tmp;
  begin
    tmp = vector >> 1;
    readslicef_5_4_1 = tmp[3:0];
  end
  endfunction


  function [2:0] readslicef_4_3_1;
    input [3:0] vector;
    reg [3:0] tmp;
  begin
    tmp = vector >> 1;
    readslicef_4_3_1 = tmp[2:0];
  end
  endfunction


  function [1:0] readslicef_3_2_1;
    input [2:0] vector;
    reg [2:0] tmp;
  begin
    tmp = vector >> 1;
    readslicef_3_2_1 = tmp[1:0];
  end
  endfunction


  function [29:0] MUX_v_30_2_2;
    input [59:0] inputs;
    input [0:0] sel;
    reg [29:0] result;
  begin
    case (sel)
      1'b0 : begin
        result = inputs[59:30];
      end
      1'b1 : begin
        result = inputs[29:0];
      end
      default : begin
        result = inputs[59:30];
      end
    endcase
    MUX_v_30_2_2 = result;
  end
  endfunction


  function [3:0] signext_4_1;
    input [0:0] vector;
  begin
    signext_4_1= {{3{vector[0]}}, vector};
  end
  endfunction


  function [12:0] readslicef_14_13_1;
    input [13:0] vector;
    reg [13:0] tmp;
  begin
    tmp = vector >> 1;
    readslicef_14_13_1 = tmp[12:0];
  end
  endfunction


  function [11:0] readslicef_13_12_1;
    input [12:0] vector;
    reg [12:0] tmp;
  begin
    tmp = vector >> 1;
    readslicef_13_12_1 = tmp[11:0];
  end
  endfunction


  function  [14:0] conv_u2u_14_15 ;
    input [13:0]  vector ;
  begin
    conv_u2u_14_15 = {1'b0, vector};
  end
  endfunction


  function signed [11:0] conv_u2s_10_12 ;
    input [9:0]  vector ;
  begin
    conv_u2s_10_12 = {{2{1'b0}}, vector};
  end
  endfunction


  function  [8:0] conv_u2u_8_9 ;
    input [7:0]  vector ;
  begin
    conv_u2u_8_9 = {1'b0, vector};
  end
  endfunction


  function  [7:0] conv_u2u_7_8 ;
    input [6:0]  vector ;
  begin
    conv_u2u_7_8 = {1'b0, vector};
  end
  endfunction


  function  [7:0] conv_u2u_6_8 ;
    input [5:0]  vector ;
  begin
    conv_u2u_6_8 = {{2{1'b0}}, vector};
  end
  endfunction


  function signed [2:0] conv_u2s_2_3 ;
    input [1:0]  vector ;
  begin
    conv_u2s_2_3 = {1'b0, vector};
  end
  endfunction


  function signed [11:0] conv_s2s_10_12 ;
    input signed [9:0]  vector ;
  begin
    conv_s2s_10_12 = {{2{vector[9]}}, vector};
  end
  endfunction


  function signed [9:0] conv_u2s_9_10 ;
    input [8:0]  vector ;
  begin
    conv_u2s_9_10 = {1'b0, vector};
  end
  endfunction


  function signed [9:0] conv_s2s_8_10 ;
    input signed [7:0]  vector ;
  begin
    conv_s2s_8_10 = {{2{vector[7]}}, vector};
  end
  endfunction


  function signed [8:0] conv_u2s_8_9 ;
    input [7:0]  vector ;
  begin
    conv_u2s_8_9 = {1'b0, vector};
  end
  endfunction


  function signed [8:0] conv_s2s_7_9 ;
    input signed [6:0]  vector ;
  begin
    conv_s2s_7_9 = {{2{vector[6]}}, vector};
  end
  endfunction


  function signed [6:0] conv_s2s_5_7 ;
    input signed [4:0]  vector ;
  begin
    conv_s2s_5_7 = {{2{vector[4]}}, vector};
  end
  endfunction


  function signed [4:0] conv_s2s_4_5 ;
    input signed [3:0]  vector ;
  begin
    conv_s2s_4_5 = {vector[3], vector};
  end
  endfunction


  function signed [3:0] conv_u2s_3_4 ;
    input [2:0]  vector ;
  begin
    conv_u2s_3_4 = {1'b0, vector};
  end
  endfunction


  function signed [3:0] conv_s2s_3_4 ;
    input signed [2:0]  vector ;
  begin
    conv_s2s_3_4 = {vector[2], vector};
  end
  endfunction


  function signed [4:0] conv_s2s_3_5 ;
    input signed [2:0]  vector ;
  begin
    conv_s2s_3_5 = {{2{vector[2]}}, vector};
  end
  endfunction


  function signed [6:0] conv_u2s_5_7 ;
    input [4:0]  vector ;
  begin
    conv_u2s_5_7 = {{2{1'b0}}, vector};
  end
  endfunction


  function  [11:0] conv_u2u_11_12 ;
    input [10:0]  vector ;
  begin
    conv_u2u_11_12 = {1'b0, vector};
  end
  endfunction


  function  [10:0] conv_u2u_10_11 ;
    input [9:0]  vector ;
  begin
    conv_u2u_10_11 = {1'b0, vector};
  end
  endfunction


  function  [11:0] conv_u2u_10_12 ;
    input [9:0]  vector ;
  begin
    conv_u2u_10_12 = {{2{1'b0}}, vector};
  end
  endfunction


  function signed [2:0] conv_s2s_2_3 ;
    input signed [1:0]  vector ;
  begin
    conv_s2s_2_3 = {vector[1], vector};
  end
  endfunction


  function signed [1:0] conv_s2s_1_2 ;
    input signed [0:0]  vector ;
  begin
    conv_s2s_1_2 = {vector[0], vector};
  end
  endfunction


  function signed [1:0] conv_u2s_1_2 ;
    input [0:0]  vector ;
  begin
    conv_u2s_1_2 = {1'b0, vector};
  end
  endfunction


  function  [4:0] conv_u2u_4_5 ;
    input [3:0]  vector ;
  begin
    conv_u2u_4_5 = {1'b0, vector};
  end
  endfunction


  function  [3:0] conv_u2u_3_4 ;
    input [2:0]  vector ;
  begin
    conv_u2u_3_4 = {1'b0, vector};
  end
  endfunction


  function  [2:0] conv_u2u_2_3 ;
    input [1:0]  vector ;
  begin
    conv_u2u_2_3 = {1'b0, vector};
  end
  endfunction


  function  [4:0] conv_u2u_3_5 ;
    input [2:0]  vector ;
  begin
    conv_u2u_3_5 = {{2{1'b0}}, vector};
  end
  endfunction


  function signed [6:0] conv_u2s_6_7 ;
    input [5:0]  vector ;
  begin
    conv_u2s_6_7 = {1'b0, vector};
  end
  endfunction


  function signed [13:0] conv_s2s_13_14 ;
    input signed [12:0]  vector ;
  begin
    conv_s2s_13_14 = {vector[12], vector};
  end
  endfunction

endmodule
module sobel_filter_comp (
  vin, vout_rsc_z, vga_xy, clk, en, arst_n
);
  input [89:0] vin;
  output [29:0] vout_rsc_z;
  input [19:0] vga_xy;
  input clk;
  input en;
  input arst_n;


  // Interconnect Declarations
  wire [29:0] vout_rsc_mgc_out_stdreg_d;


  // Interconnect Declarations for Component Instantiations 
  mgc_out_stdreg #(.rscid(2),
  .width(30)) vout_rsc_mgc_out_stdreg (
      .d(vout_rsc_mgc_out_stdreg_d),
      .z(vout_rsc_z)
    );
  sobel_filter_comp_core sobel_filter_comp_core_inst (
      .vin(vin),
      .clk(clk),
      .en(en),
      .arst_n(arst_n),
      .vout_rsc_mgc_out_stdreg_d(vout_rsc_mgc_out_stdreg_d)
    );
endmodule